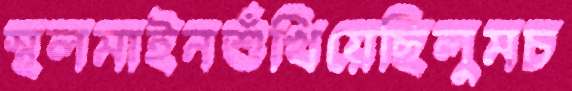
স্থলমাইনশুঁখিয়েছিলুমচ